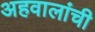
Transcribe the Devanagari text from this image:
अहवालांची